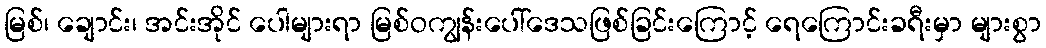
မြစ်၊ ချောင်း၊ အင်းအိုင် ပေါများရာ မြစ်ဝကျွန်းပေါ်ဒေသဖြစ်ခြင်းကြောင့် ရေကြောင်းခရီးမှာ များစွာ